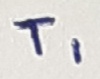
Text: T1